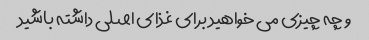
و چه چیزی می خواهید برای غذای اصلی داشته باشید